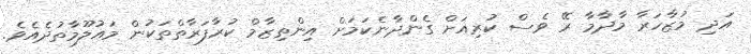
އަދި މުޒާހަރާ މާދާމާ ރޭ ވެސް ކުރިއަށް ގެންދާނެކަމަށް އިންތިޒާމް ކުރާފަރާތްތަކުން މައުލޫމާތުދެއެވެ.